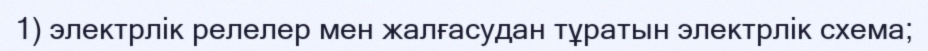
1) электрлік релелер мен жалғасудан тұратын электрлік схема;